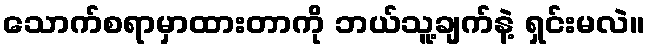
သောက်စရာမှာထားတာကို ဘယ်သူ့ချက်နဲ့ ရှင်းမလဲ။